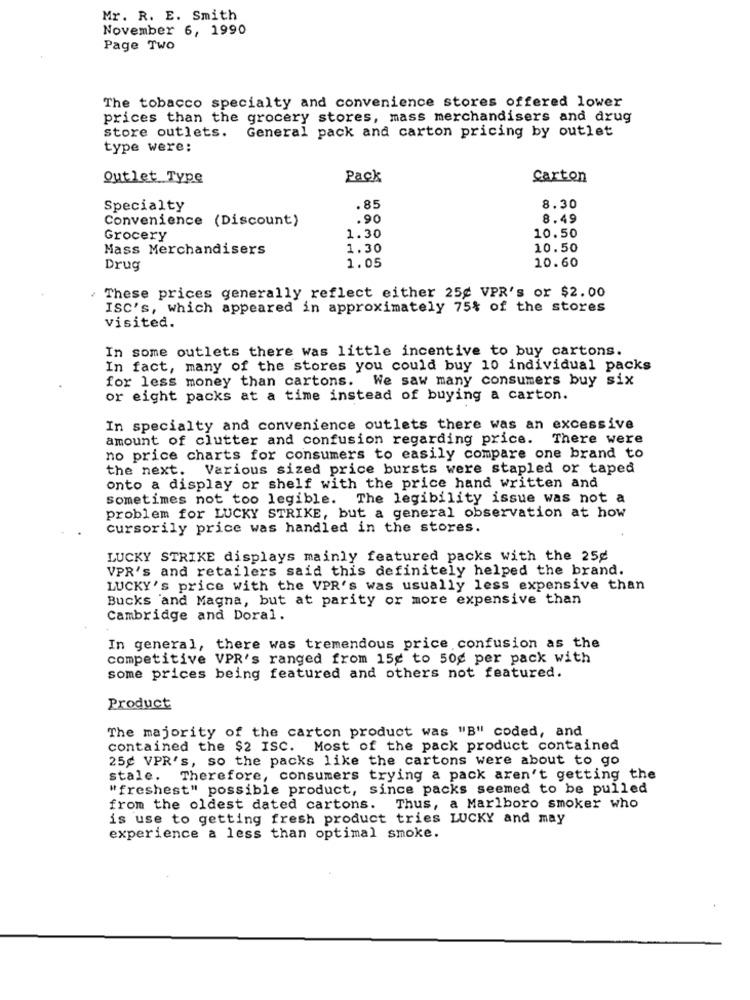
Mr. R. E. Smith
November 6, 1990
Page Two
The tobacco specialty and convenience stores offered lower
prices than the grocery stores, mass merchandisers and drug
store outlets.
General pack and carton pricing by outlet
type were:
Outlet Type
Pack
Carton
Specialty
.85
8.30
Convenience (Discount)
.90
8.49
10.50
Grocery
1.30
Mass Merchandisers
1.30
10.50
1.05
10.60
Drug
These prices generally reflect either 25g VPR's or $2.00
ISC's, which appeared in approximately 75% of the stores
visited.
In some outlets there was little incentive to buy cartons.
In fact, many of the stores you could buy 10 individual packs
for less money than cartons. We saw many consumers buy six
or eight packs at a time instead of buying a carton.
In specialty and convenience outlets there was an excessive
amount of clutter and confusion regarding price. There were
no price charts for consumers to easily compare one brand to
the next. Various sized price bursts were stapled or taped
onto a display or shelf with the price hand written and
Sometimes not too legible. The legibility issue was not a
problem for LUCKY STRIKE, but a general observation at how
cursorily price was handled in the stores.
LUCKY STRIKE displays mainly featured packs with the 25g
VPR's and retailers said this definitely helped the brand.
LUCKY's price with the VPR's was usually less expensive than
Bucks and Magna, but at parity or more expensive than
Cambridge and Doral.
In general, there was tremendous price confusion as the
competitive VPR's ranged from 15g to 50g per pack with
some prices being featured and others not featured.
Product
The majority of the carton product was "B" coded, and
contained the $2 ISC. Most of the pack product contained
25g VPR's, so the packs like the cartons were about to go
stale. Therefore, consumers trying a pack aren't getting the
"freshest" possible product, since packs seemed to be pulled
from the oldest dated cartons. Thus, a Marlboro smoker who
is use to getting fresh product tries LUCKY and may
experience a less than optimal smoke.